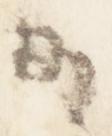
日